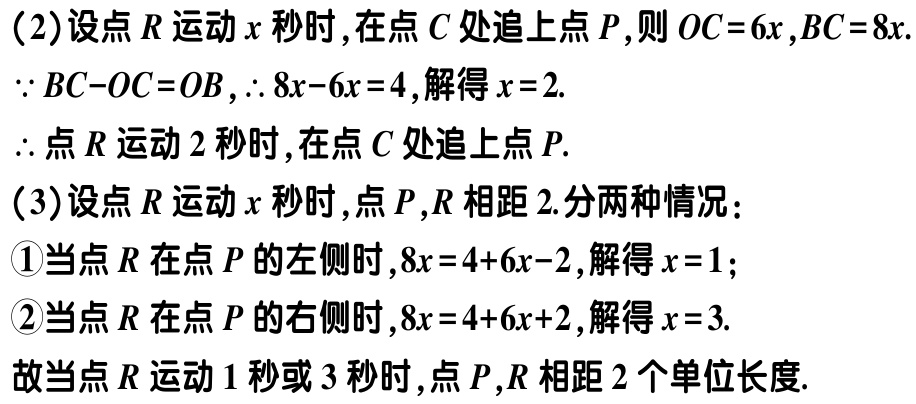
（2）设点\(R\)运动\(x\)秒时,在点\(C\)处追上点\(P\),则 \(OC = 6x\),\(BC = 8x\).

\(\because BC - OC=OB\),\(\therefore 8x - 6x = 4\),解得\(x = 2\).

\(\therefore\)点\(R\)运动\(2\)秒时,在点\(C\)处追上点\(P\).

（3）设点\(R\)运动\(x\)秒时,点\(P\),\(R\)相距\(2\).分两种情况：

\textcircled{1}当点\(R\)在点\(P\)的左侧时,\(8x = 4 + 6x - 2\),解得\(x = 1\)；

\textcircled{2}当点\(R\)在点\(P\)的右侧时,\(8x = 4 + 6x + 2\),解得\(x = 3\).

故当点\(R\)运动\(1\)秒或\(3\)秒时,点\(P\),\(R\)相距\(2\)个单位长度.